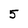
Character: 5